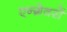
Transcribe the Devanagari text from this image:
एन्ग्रेवरों